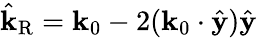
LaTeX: \hat{\mathbf{k}}_{\mathrm{R}}=\mathbf{k}_{0}-2(\mathbf{k}_{0}\cdot\hat{\mathbf{y}})\hat{\mathbf{y}}